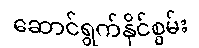
ဆောင်ရွက်နိုင်စွမ်း